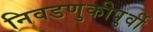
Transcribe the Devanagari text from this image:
निवडणुकीपुर्वी